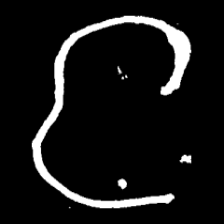
Pyu character \u2014 Myanmar letter: င (romanized: nga)